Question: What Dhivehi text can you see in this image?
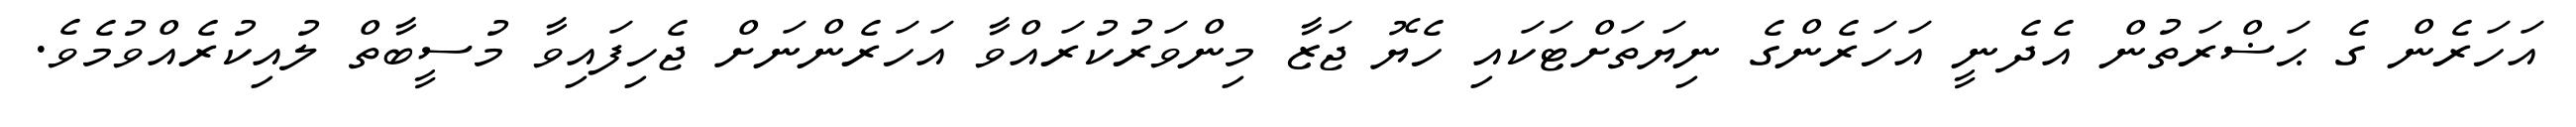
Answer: އަހަރެން ގެ ޙަޟްރަތުން އެދެނީ އަހަރެންގެ ނިޔަތަށްޓަކައި ހެޔޮ ޖަޒާ މިންވަރުކުރައްވާ އަހަރެންނަށް ޖެހިފައިވާ މުސީބާތް ލުއިކުރެއްވުމެވެ.